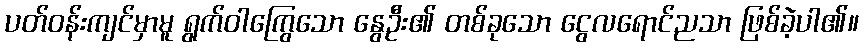
ပတ်ဝန်းကျင်မှာမူ ရွက်ဝါကြွေသော နွေဦး၏ တစ်ခုသော ငွေလရောင်ညသာ ဖြစ်ခဲ့ပါ၏။